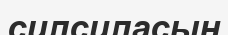
силсиласын